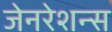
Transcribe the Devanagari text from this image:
जेनरेशन्स